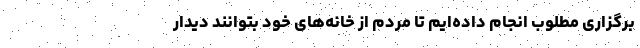
برگزاری مطلوب انجام داده‌ایم تا مردم از خانه‌های خود بتوانند دیدار